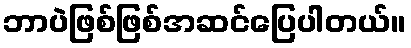
ဘာပဲဖြစ်ဖြစ်အဆင်ပြေပါတယ်။